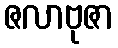
ဇလာဗုဇာ